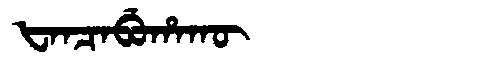
Manchu: ᡶᠠᠨᠴᠠᠪᡠᡥᠠᡴᡡ
Romanization: FANCABUHAKŪ